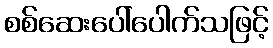
စစ်ဆေးပေါ်ပေါက်သဖြင့်